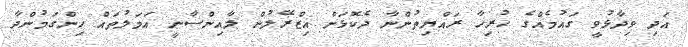
އަދި ވިދާޅުވީ ގައުމެއްގެ ހުރިހާ ރައްޔިތުންނާ ދެކޮޅަށް އިޒްރޭލުން ލާއިންސާނީ އަމަލުތައް ހިންގަމުންދާ